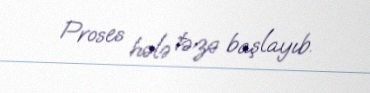
Proses hələ təzə başlayıb.